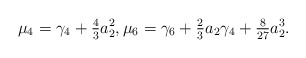
\begin{align*} \mu_4 = \gamma_4 + \tfrac{4}{3} a_2^2, \mu_6 = \gamma_6 + \tfrac{2}{3}a_2 \gamma_4 + \tfrac{8}{27}a_2^3. \end{align*}